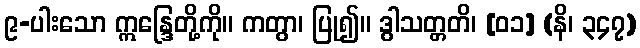
၉-ပါးသော ဣန္ဒြေတို့ကို။ ကတွာ၊ ပြု၍။ ဒွါသတ္တတိ၊ [၀၁] (နိ၊ ၃၄၇)